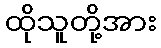
ထိုသူတို့အား